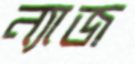
ন্যাজ